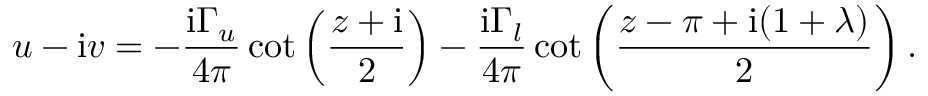
u - \mathrm { i } v = - { \frac { \mathrm { i } \Gamma _ { u } } { 4 \pi } } \cot \left( { \frac { z + \mathrm { i } } { 2 } } \right) - { \frac { \mathrm { i } \Gamma _ { l } } { 4 \pi } } \cot \left( { \frac { z - \pi + \mathrm { i } ( 1 + \lambda ) } { 2 } } \right) .